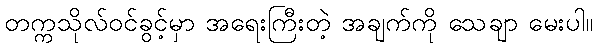
တက္ကသိုလ်ဝင်ခွင့်မှာ အရေးကြီးတဲ့ အချက်ကို သေချာ မေးပါ။